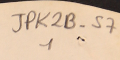
JPK2B-57							1